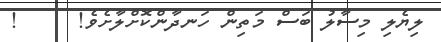
ލިޔެލި މިސާލު ބަސް މަތިން ހަނދާންކޮށްލާށެވެ!     !